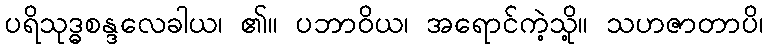
ပရိသုဒ္ဓစန္ဒလေခါယ၊ ၏။ ပဘာဝိယ၊ အရောင်ကဲ့သို့။ သဟဇာတာပိ၊